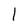
Character: l